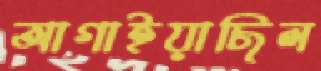
আগাইয়াছিল